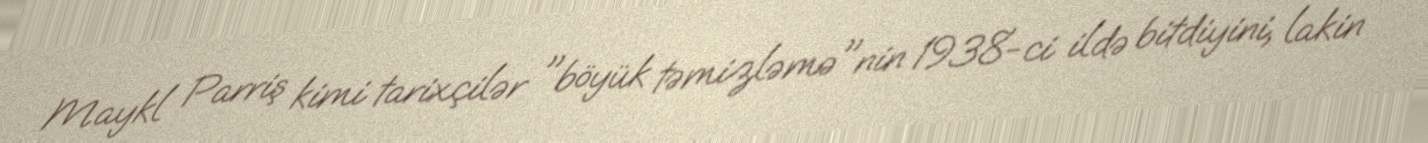
Maykl Parriş kimi tarixçilər "böyük təmizləmə"nin 1938-ci ildə bitdiyini, lakin